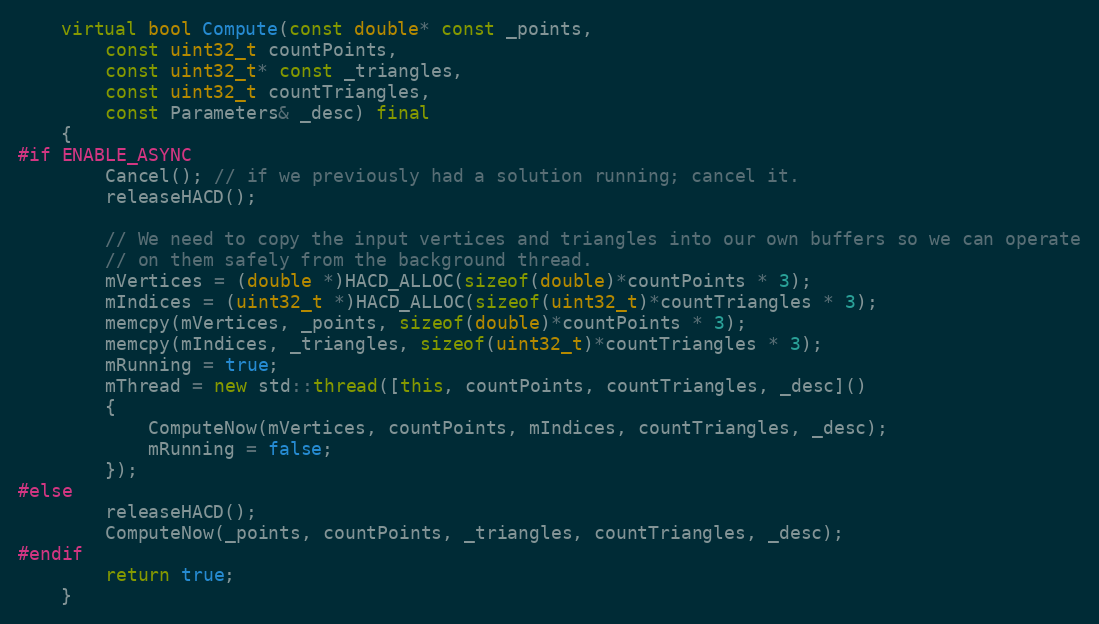
Language: C++
	virtual bool Compute(const double* const _points,
		const uint32_t countPoints,
		const uint32_t* const _triangles,
		const uint32_t countTriangles,
		const Parameters& _desc) final
	{
#if ENABLE_ASYNC
		Cancel(); // if we previously had a solution running; cancel it.
		releaseHACD();

		// We need to copy the input vertices and triangles into our own buffers so we can operate
		// on them safely from the background thread.
		mVertices = (double *)HACD_ALLOC(sizeof(double)*countPoints * 3);
		mIndices = (uint32_t *)HACD_ALLOC(sizeof(uint32_t)*countTriangles * 3);
		memcpy(mVertices, _points, sizeof(double)*countPoints * 3);
		memcpy(mIndices, _triangles, sizeof(uint32_t)*countTriangles * 3);
		mRunning = true;
		mThread = new std::thread([this, countPoints, countTriangles, _desc]()
		{
			ComputeNow(mVertices, countPoints, mIndices, countTriangles, _desc);
			mRunning = false;
		});
#else
		releaseHACD();
		ComputeNow(_points, countPoints, _triangles, countTriangles, _desc);
#endif
		return true;
	}